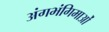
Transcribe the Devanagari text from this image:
अंगभंगिमाओं